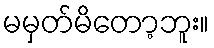
မမှတ်မိတော့ဘူး။